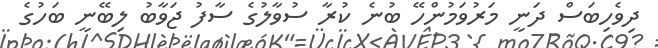
ދިވެހިބަސް ދަނީ މަރުވަމުންހޭ ބުނެ ކުރާ ސުވާލުގެ ސާފު ޖަވާބު ލިބޭނީ ބަހުގެ